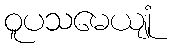
ဝူပသမေယျုံ